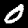
Digit: 0